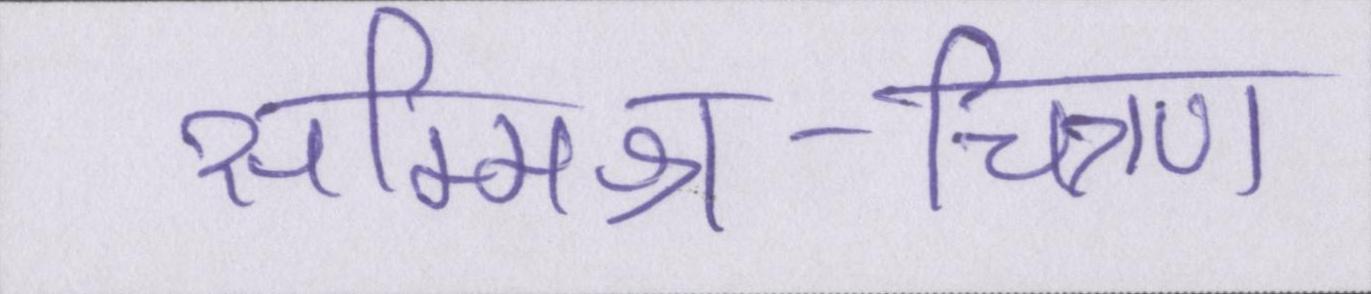
सम्मिश्र-चित्रण